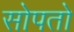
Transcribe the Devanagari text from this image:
सोपतो